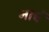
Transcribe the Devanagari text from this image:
नाचें